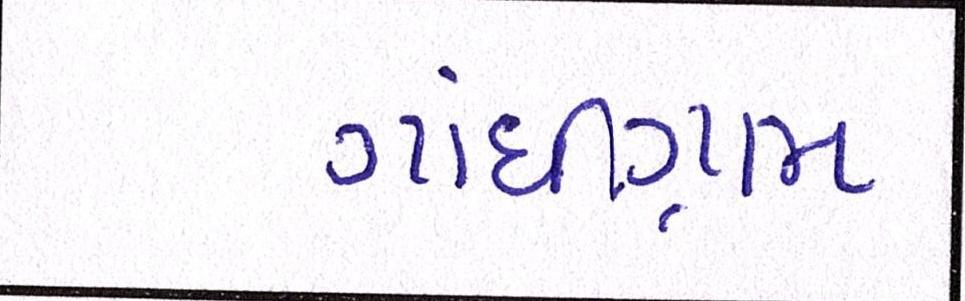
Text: ગાંધીગ્રામ